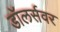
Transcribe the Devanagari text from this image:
डॉलर्सवर